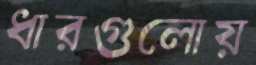
ধারগুলোয়